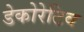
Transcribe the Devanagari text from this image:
डेकोरेटिव